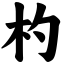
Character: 杓